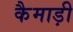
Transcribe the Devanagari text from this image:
कैमाड़ी